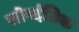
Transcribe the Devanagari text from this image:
सोव्दंतिक